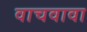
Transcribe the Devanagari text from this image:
वाचवावा